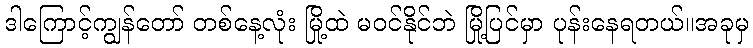
ဒါကြောင့်ကျွန်တော် တစ်နေ့လုံး မြို့ထဲ မဝင်နိုင်ဘဲ မြို့ပြင်မှာ ပုန်းနေရတယ်။အခုမှ